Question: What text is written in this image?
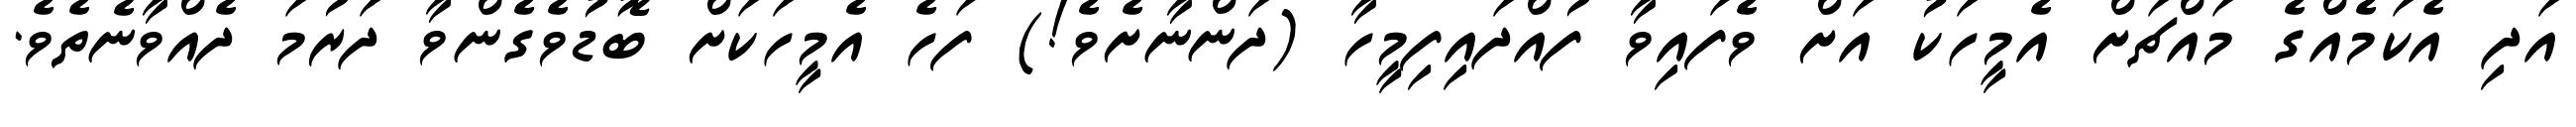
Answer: އަދި އެކަމެއްގެ މައްޗަށް އެމީހަކު އަށް ވެފައިވާ ފުއްދައިފިމީހާ (ދަންނާށެވެ!) ފަހެ އެމީހަކަށް ބޮޑުވެގެންވާ ދަރުމަ ދެއްވާނެތެވެ.